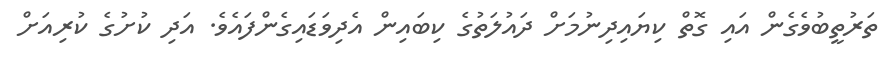
ތަރުތީބުވެގެން އައި ގޮތް ކިޔައިދިނުމަށް ދައުލަތުގެ ކިބައިން އެދިވަޑައިގެންފައެވެ. އަދި ކުށުގެ ކުރިއަށް